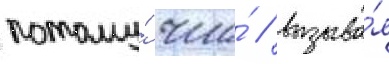
потому́ что́ / вызыва́я